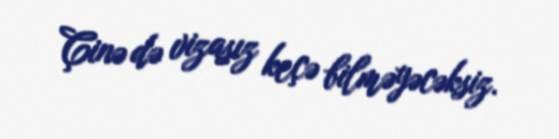
Çinə də vizasız keçə bilməyəcəksiz.